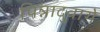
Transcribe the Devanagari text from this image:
पिन्नादुवागे